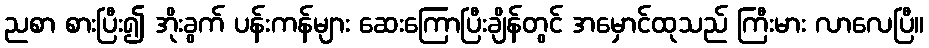
ညစာ စားပြီး၍ အိုးခွက် ပန်းကန်များ ဆေးကြောပြီးချိန်တွင် အမှောင်ထုသည် ကြီးမား လာလေပြီ။